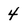
Character: 4